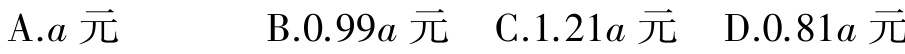
A.$a$元

B.$0.99a$元

C.$1.21a$元

D.$0.81a$元